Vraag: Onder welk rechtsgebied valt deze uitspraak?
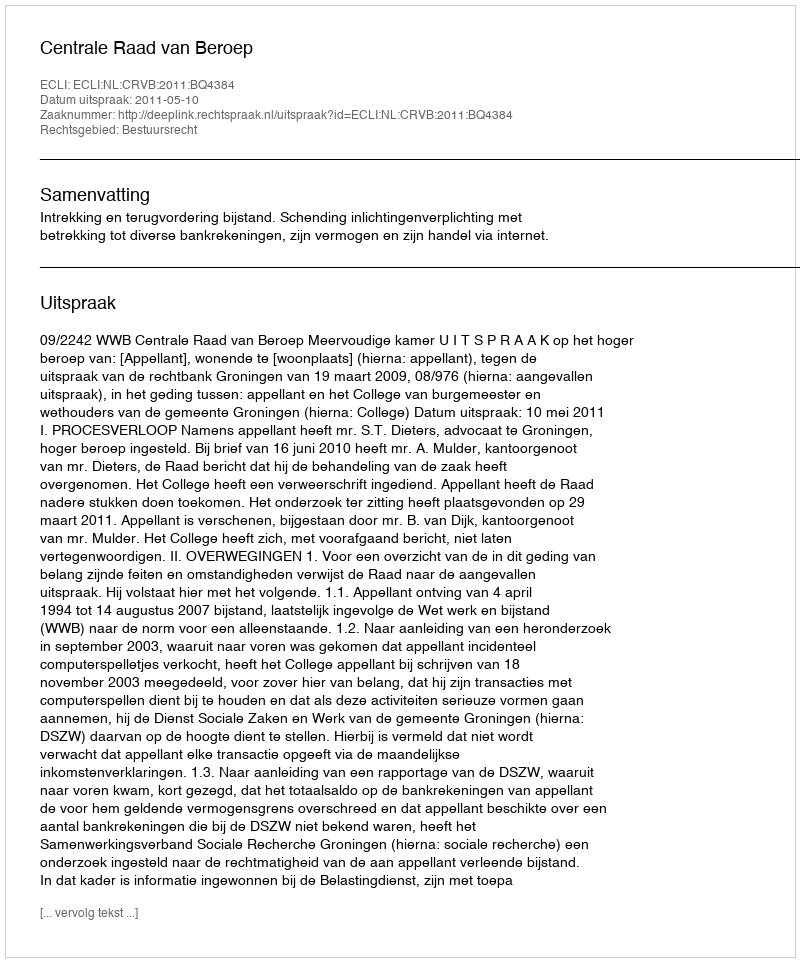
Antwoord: Bestuursrecht